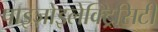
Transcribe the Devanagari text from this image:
पाइज़ोइलेक्ट्रिसिटी